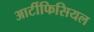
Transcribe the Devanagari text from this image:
आर्टीफिसियल